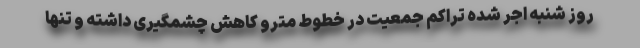
روز شنبه اجر شده تراکم جمعیت در خطوط مترو کاهش چشمگیری داشته و تنها